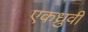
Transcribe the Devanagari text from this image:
एकध्रुवी